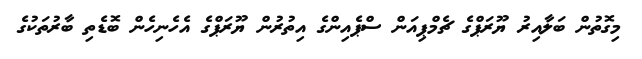
މިގޮތުން ބަލާއިރު ޔޫރަޕްގެ ޗެމްޕިއަން ސްޕެއިންގެ އިތުރުން ޔޫރަޕްގެ އެހެނިހެން ބޮޑެތި ބާރުތަކުގެ